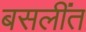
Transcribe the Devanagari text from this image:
बसलींत